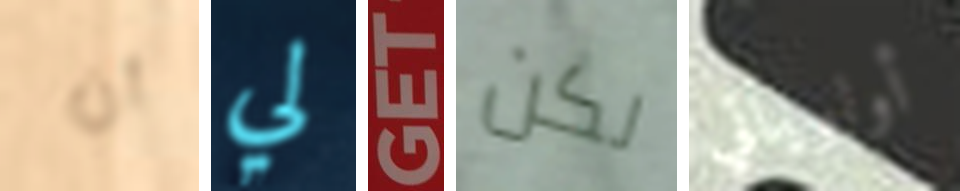
أن لي GET لكن أولوياتي